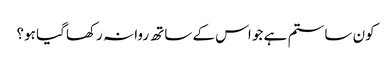
کون سا ستم ہے جو اس کے ساتھ روا نہ رکھا گیا ہو؟